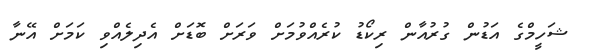
ޝަހީމްގެ އަޑުން ގުރުއާން ރިކޯޑު ކުރެއްވުމަށް ވަރަށް ބޮޑަށް އެދިލެއްވި ކަމަށް އޭނާ